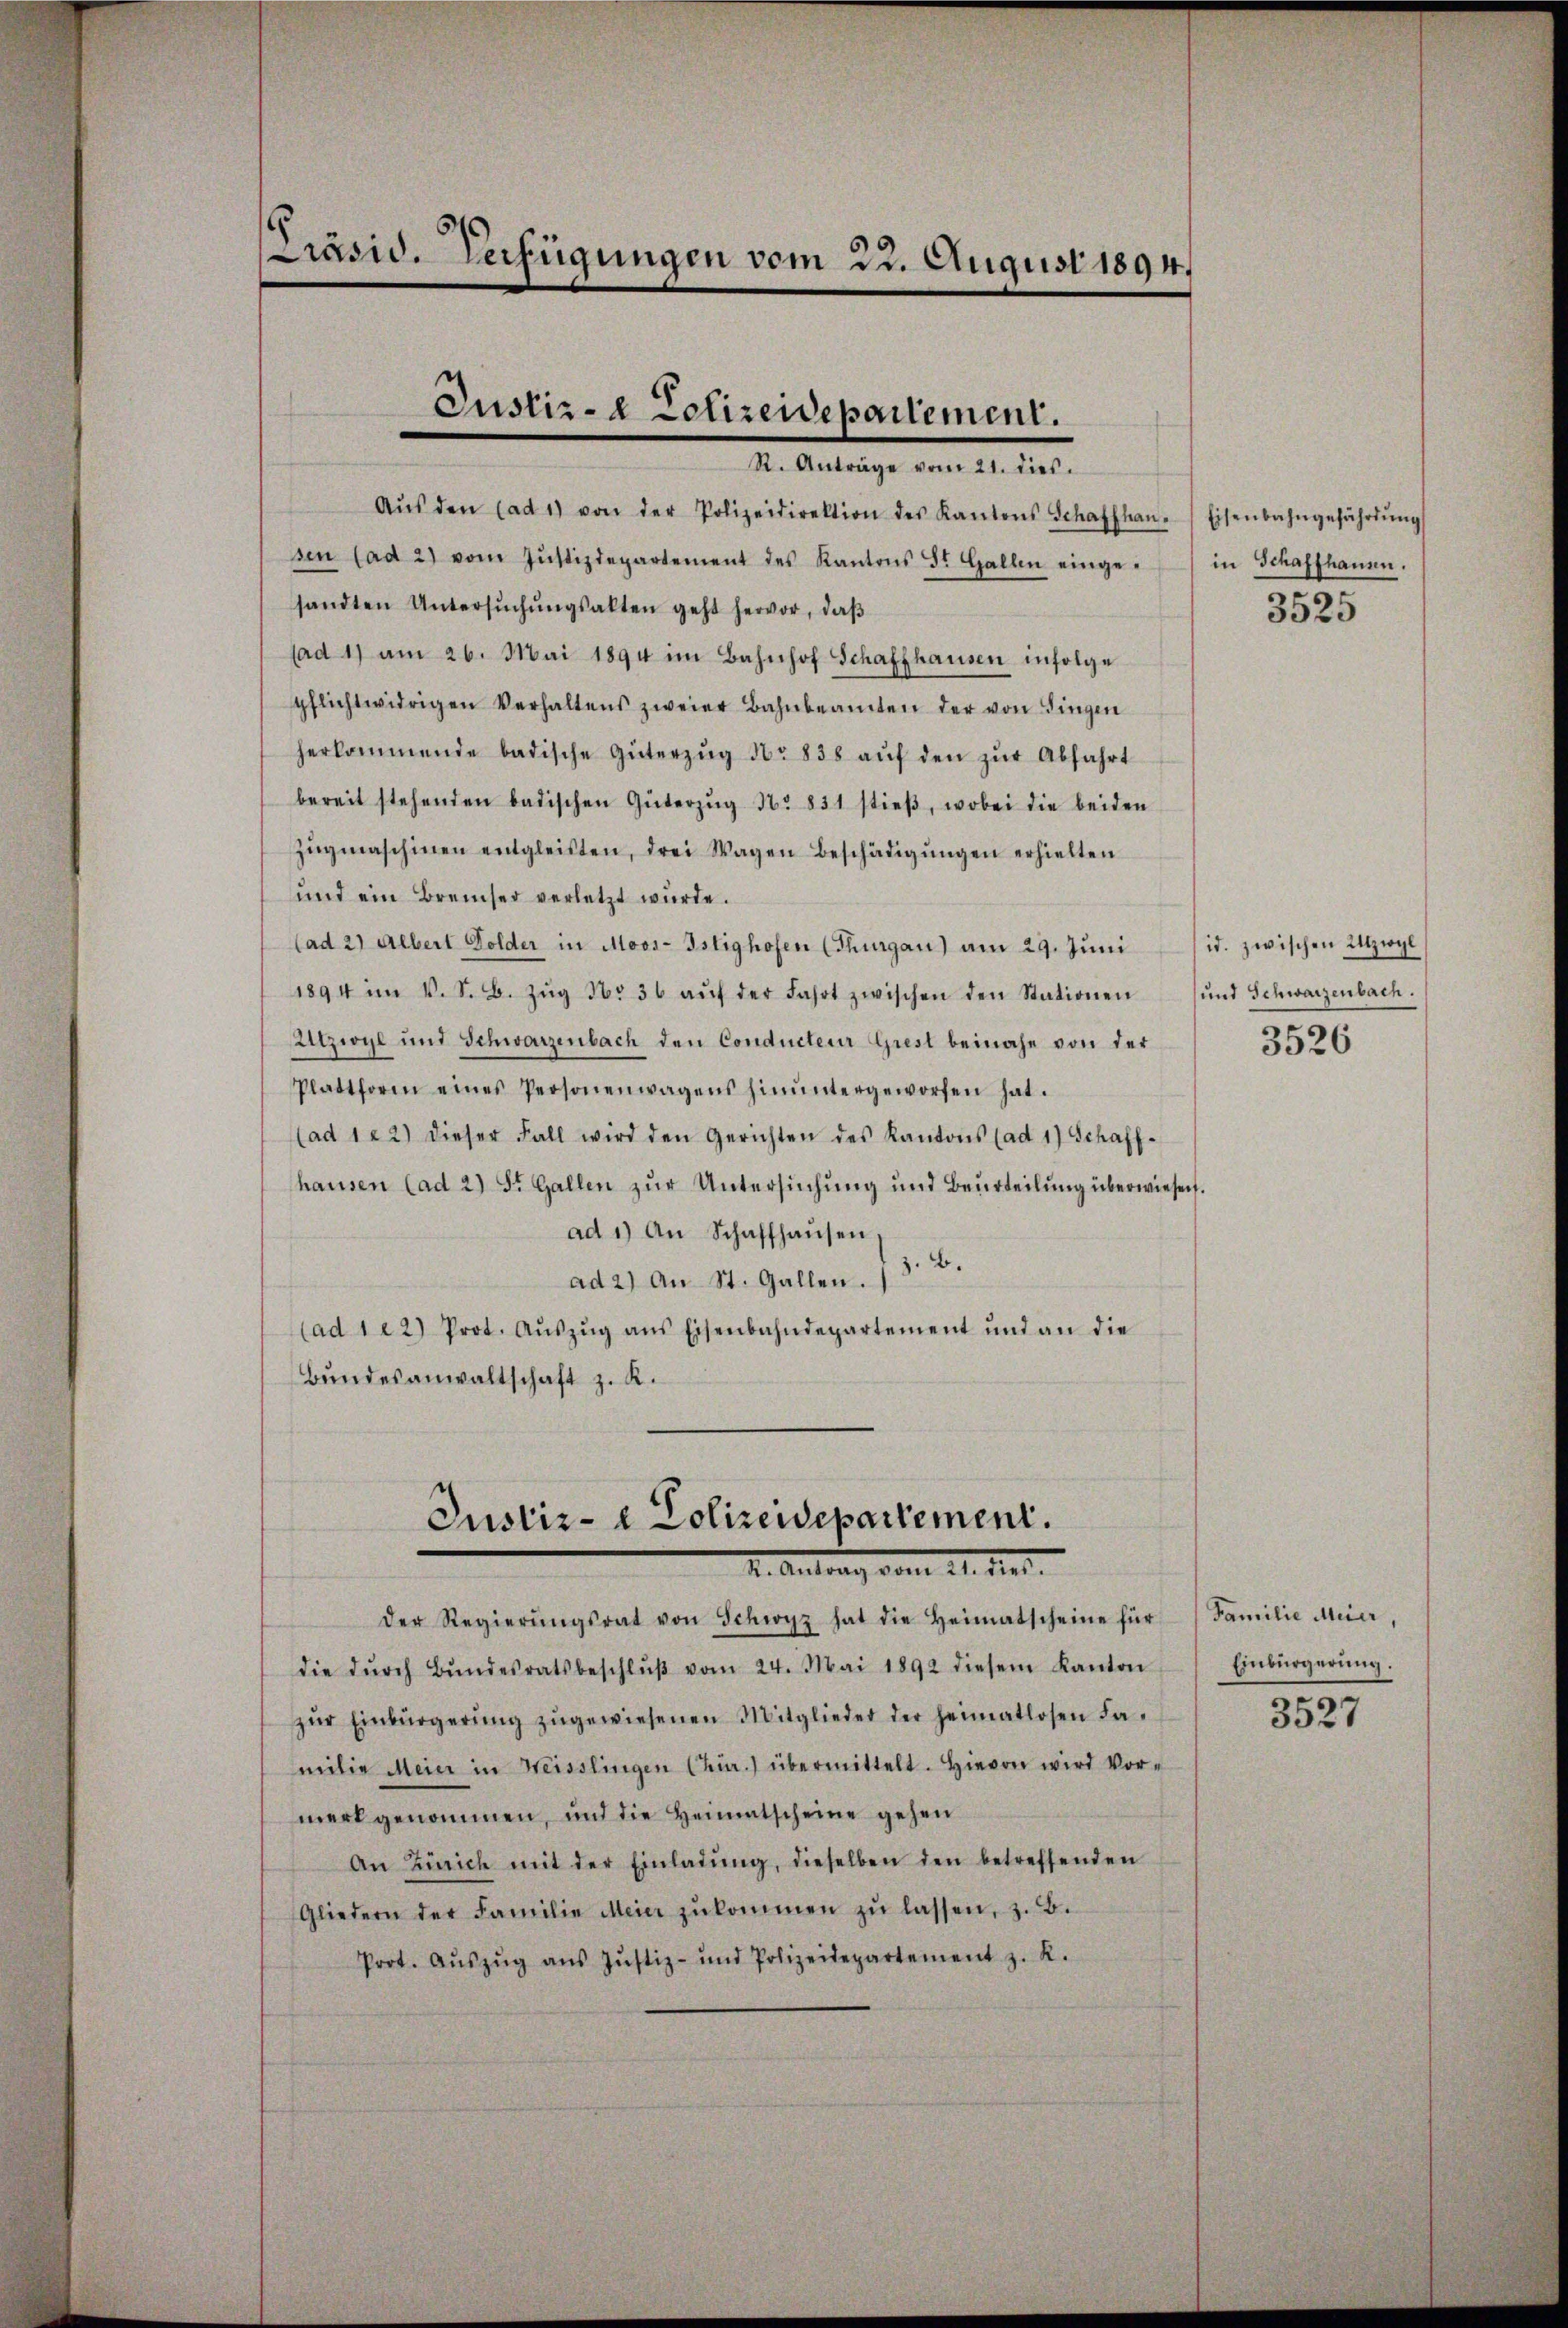
Präsid. Verfügungen vom 23. August 1894.

Justiz- & Polizeidepartement.
R. Anträge vom 21. dies

Aŭs den (ad 1) von der Polizeidirektion des Kantons Schaffhau-Eisenbahngefährtŭng
sen (ad 2) vom Jŭstizdepartement des Kantons St. Gallen eingesandten Untersŭchŭngsalten geht hervor, daß
(ad 1) am 26. Mai 1894 im Bahnhof Schaffhausen infolge
pflichtwidrigen Verhaltens zweier Bahnbeamten der von Singen
herkommende badische Güterzŭg No 838 aŭf den zŭr Abfahrt
bereit stehenden badischen Güterzŭg No 831 stieβ, wobei die beiden
Zŭgmaschinen entgleisten, drei Wagen Beschädigŭngen erhielten
und ein Bremher verletzt wurde.
(ad 2) Albert Golder in Moos-Istighofen (Thurgau) am 29. Juni
1894 im V. S. B. Zŭg No 36 aŭf der Fahrt zwischen den Stationen
Utzwyl und Schwarzenbach den Conducteur Grest beinahe von der
Plattform eines Personenwagens hinŭntergeworfen hat.
(ad 122) dieser Fall wird den Gerichten des Kantons (ad 1) Schaff-
hausen (ad 2) St. Gallen zur Untersuchung und Beurteilung überwiesen
ad 1) An Schaffhausen
ad 2.) An St. Gallen. (3. B.
(ad 122) Prot. Aŭszŭg ans Eisenbahndepartement und an die
Bŭndesanwaltschaft z. K.
Justiz- & Polizeidepartement.
I. Antrag vom 21. der
der Regierŭngsrat von Schwyz hat die Heimatscheine für
die dŭrch Bŭndesratsbeschlŭβ vom 24. Mai 1892 diesem Kanton
zŭr Einbürgerŭng zugewiesenen Mitglieder der heimatlosen Fa-
milie Meier in Weisslingen (zur.) übermittelt. Hievon wird Vor-
merk genommen, und die Heimatscheine gehen
An Zürich mit der Einladŭng, dieselben den betreffenden
Gliedern der Familie Meier zŭkommen zŭ lassen, z. B.
Prot. Aŭszŭg ans Jŭstiz- und Polizeidepartement z. R.

in Schaffhauen.
3525

id. zwischen Utzwyl
und Schwarzenbach.
3526

Familie Meier,
Einbürgerung.

3527